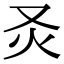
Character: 𤆆